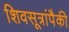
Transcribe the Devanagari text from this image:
शिवसूत्रांपैकी